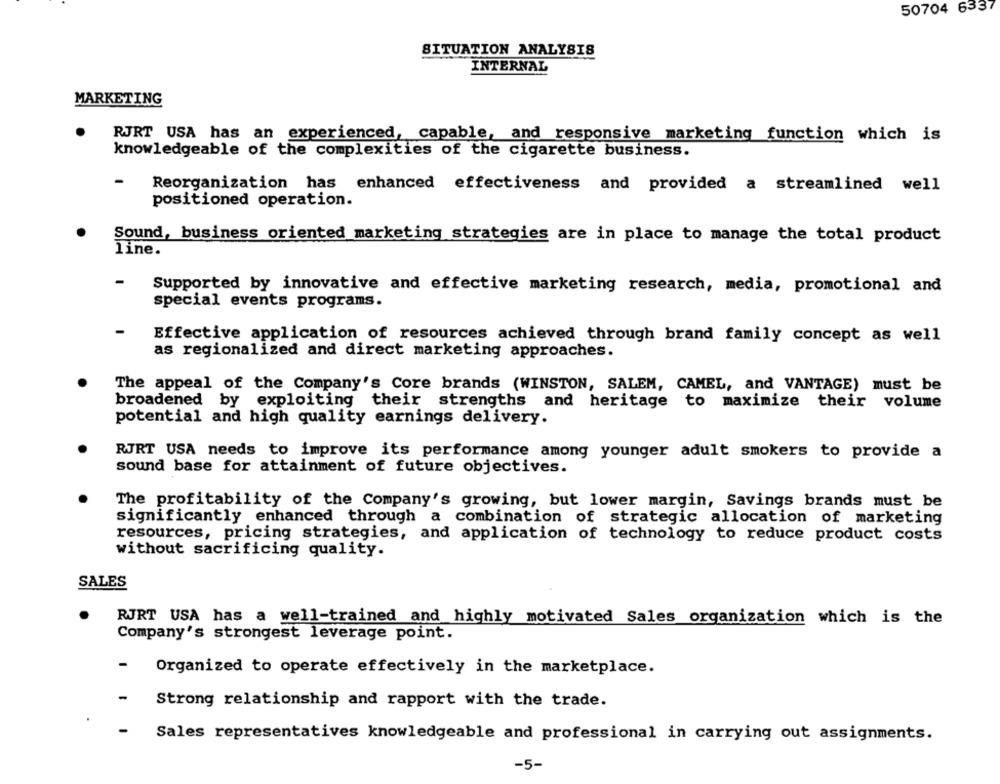
50704 6337
SITUATION ANALYSIS
INTERNAL
MARKETING
RJRT USA has an experienced, capable, and responsive marketing function which is
knowledgeable of the complexities of the cigarette business.
-
Reorganization has enhanced effectiveness and provided a streamlined well
positioned operation.
Sound, business oriented marketing strategies are in place to manage the total product
line.
-
Supported by innovative and effective marketing research, media, promotional and
special events programs.
-
Effective application of resources achieved through brand family concept as well
as regionalized and direct marketing approaches.
The appeal of the Company's Core brands (WINSTON, SALEM, CAMEL, and VANTAGE) must be
broadened by exploiting their strengths and heritage to maximize their volume
potential and high quality earnings delivery.
RJRT USA needs to improve its performance among younger adult smokers to provide a
sound base for attainment of future objectives.
The profitability of the Company's growing, but lower margin, Savings brands must be
significantly enhanced through a combination of strategic allocation of marketing
resources, pricing strategies, and application of technology to reduce product costs
without sacrificing quality.
SALES
RJRT USA has a well-trained and highly motivated Sales organization which is the
Company's strongest leverage point.
-
Organized to operate effectively in the marketplace.
-
Strong relationship and rapport with the trade.
-
Sales representatives knowledgeable and professional in carrying out assignments.
-5-